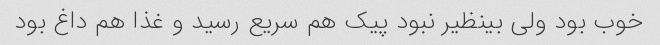
خوب بود ولی بینظیر نبود پیک هم سریع رسید و غذا هم داغ بود